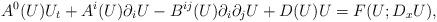
LaTeX: \begin{align*}A^{0}(U)U_{t}+A^{i}(U)\partial_{i}U-B^{ij}(U)\partial_{i}\partial_{j}U+D(U)U=F(U;D_{x}U),\end{align*}